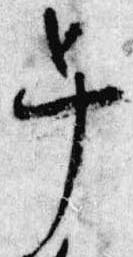
早